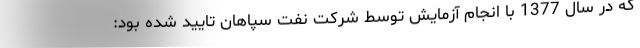
كه در سال‌ 1377 با انجام آزمايش توسط شركت نفت سپاهان تاييد شده بود: